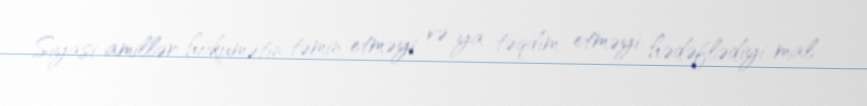
Siyasi amillər hökumətin təmin etməyi və ya təqdim etməyi hədəflədiyi mal